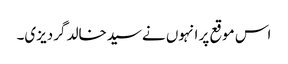
اس موقع پر انہوں نےسیدخالد گردیزی۔